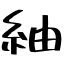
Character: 紬